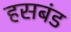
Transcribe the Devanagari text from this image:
हसबंड